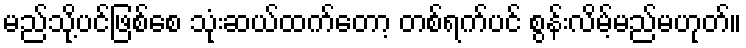
မည်သို့ပင်ဖြစ်စေ သုံးဆယ်ထက်တော့ တစ်ရက်ပင် စွန်းလိမ့်မည်မဟုတ်။